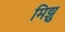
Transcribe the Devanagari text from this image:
मिझु